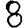
Digit: 8